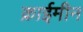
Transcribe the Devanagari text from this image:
क्राईमीन